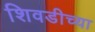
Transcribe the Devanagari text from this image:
शिवडीच्या